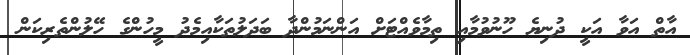
އާތް އަވާ އަކީ ދުނިޔެ ހޫނުވުމާއި ތިމާވެއްޓަށް އަންނަމުންދާ ބަދަލުތަކާއިމެދު މީހުންގެ ހޭލުންތެރިކަން